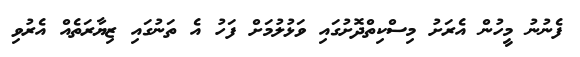
ފެނުނު މީހުން އެރަށު މިސްކިތްދޮށުގައި ވަޅުލުމަށް ފަހު އެ ތަނުގައި ޒިޔާރަތެއް އެރުވި